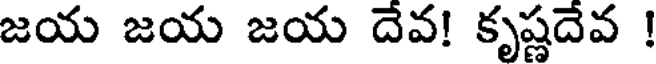
జయ జయ జయ దేవ! కృష్ణదేవ !